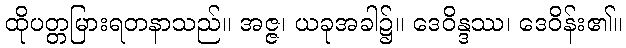
ထိုပတ္တမြားရတနာသည်။ အဇ္ဇ၊ ယခုအခါ၌။ ဒေဝိန္ဒဿ၊ ဒေဝိန်း၏။